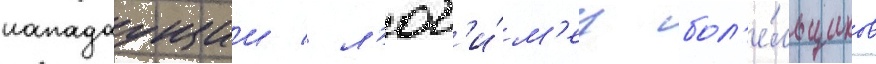
нападаущии / л'юб'и́м'ец бол'е́льщиков